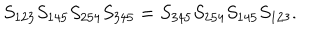
LaTeX: S _ { 1 2 3 } S _ { 1 4 5 } S _ { 2 5 4 } S _ { 3 4 5 } = S _ { 3 4 5 } S _ { 2 5 4 } S _ { 1 4 5 } S _ { 1 2 3 } .